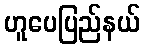
ဟူပေပြည်နယ်